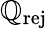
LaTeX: \mathbb{Q}_{\mathrm{{rej}}}